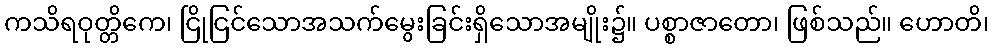
ကသိရဝုတ္တိကေ၊ ငြိုငြင်သောအသက်မွေးခြင်းရှိသောအမျိုး၌။ ပစ္စာဇာတော၊ ဖြစ်သည်။ ဟောတိ၊